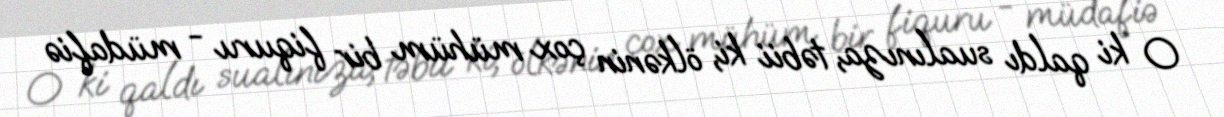
O ki qaldı sualınıza, təbii ki, ölkənin çox mühüm bir fiquru - müdafiə